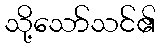
သို့သော်သင်၏